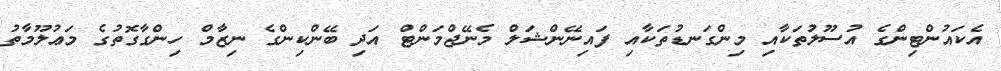
އެކައުންޓިންގެ އުސޫލުތަކާއި މިންގަނޑުތަކާއި ފައިނޭންޝަލް މެނޭޖްމަންޓް އަދި ބޭންކިންގެ ނިޒާމް ހިންގާގޮތުގެ މަޢުލޫމާތު